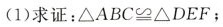
(1)求证：△ABC≌△DEF；